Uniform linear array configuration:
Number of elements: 16
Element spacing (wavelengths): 1
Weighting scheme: cosine
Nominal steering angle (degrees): -45
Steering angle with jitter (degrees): -43.408
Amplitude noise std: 0.05
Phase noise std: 0.05

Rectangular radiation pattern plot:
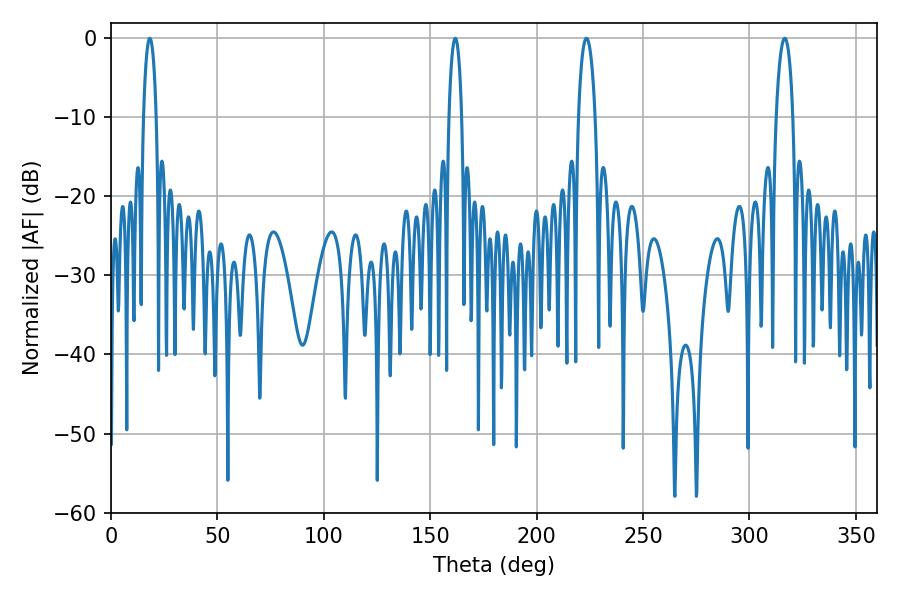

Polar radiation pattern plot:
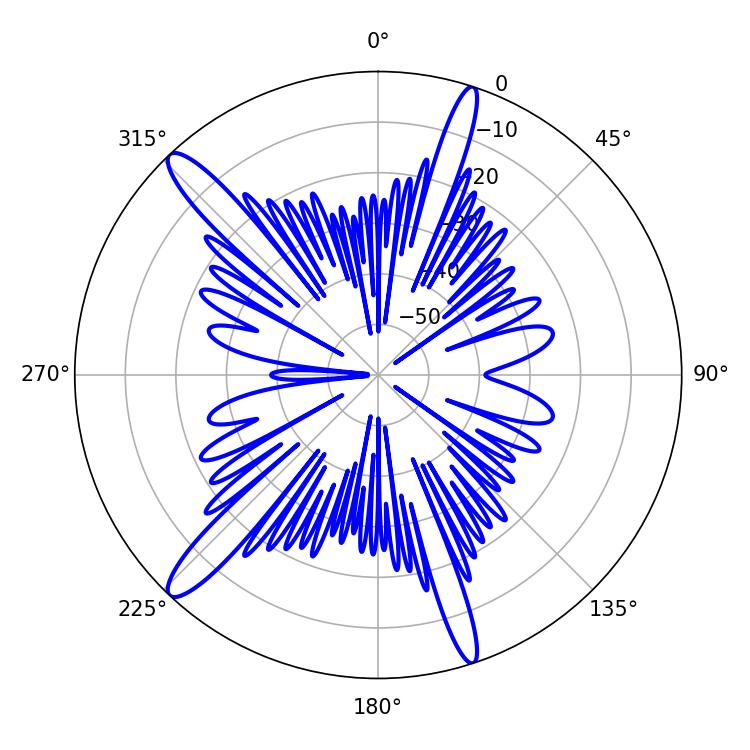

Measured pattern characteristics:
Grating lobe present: TRUE
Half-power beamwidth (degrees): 4.5
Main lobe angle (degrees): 223.38